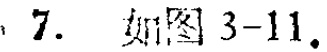
7. 如图3-11.